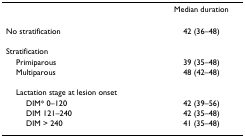
<table><thead><tr><td></td><td><b>Median duration</b></td></tr></thead><tbody><tr><td>No stratification</td><td>42 (36–48)</td></tr><tr><td>Stratification</td><td></td></tr><tr><td> Primiparous</td><td>39 (35–48)</td></tr><tr><td> Multiparous</td><td>48 (42–48)</td></tr><tr><td> Lactation stage at lesion onset</td><td></td></tr><tr><td>DIM* 0–120</td><td>42 (39–56)</td></tr><tr><td>DIM 121–240</td><td>42 (35–48)</td></tr><tr><td>DIM &gt; 240</td><td>41 (35–48)</td></tr></tbody></table>